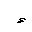
Letter: _hamza